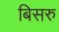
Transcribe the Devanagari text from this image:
बिसरु